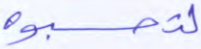
لتحسبوه